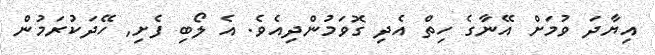
އިޔާދަ ވުމަށް އޭނާގެ ހިތް އެދި ގޮވަމުންދިއެވެ. އެ ލޯބި ފެށި